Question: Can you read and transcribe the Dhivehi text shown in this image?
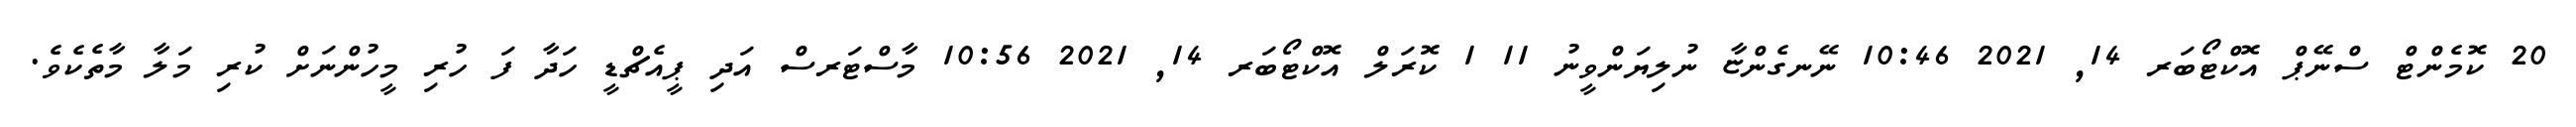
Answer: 20 ކޮމެންޓް ސްނޭޕް އޮކްޓޯބަރ 14, 2021 10:46 ނޭނގެންޏާ ނުލިޔަންވީނު 11 1 ކޮރަލް އޮކްޓޯބަރ 14, 2021 10:56 މާސްޓަރސް އަދި ޕީއެޗްޑީ ހަދާ ފަ ހުރި މީހުންނަށް ކުރި މަލާ މާތެކެވެ.